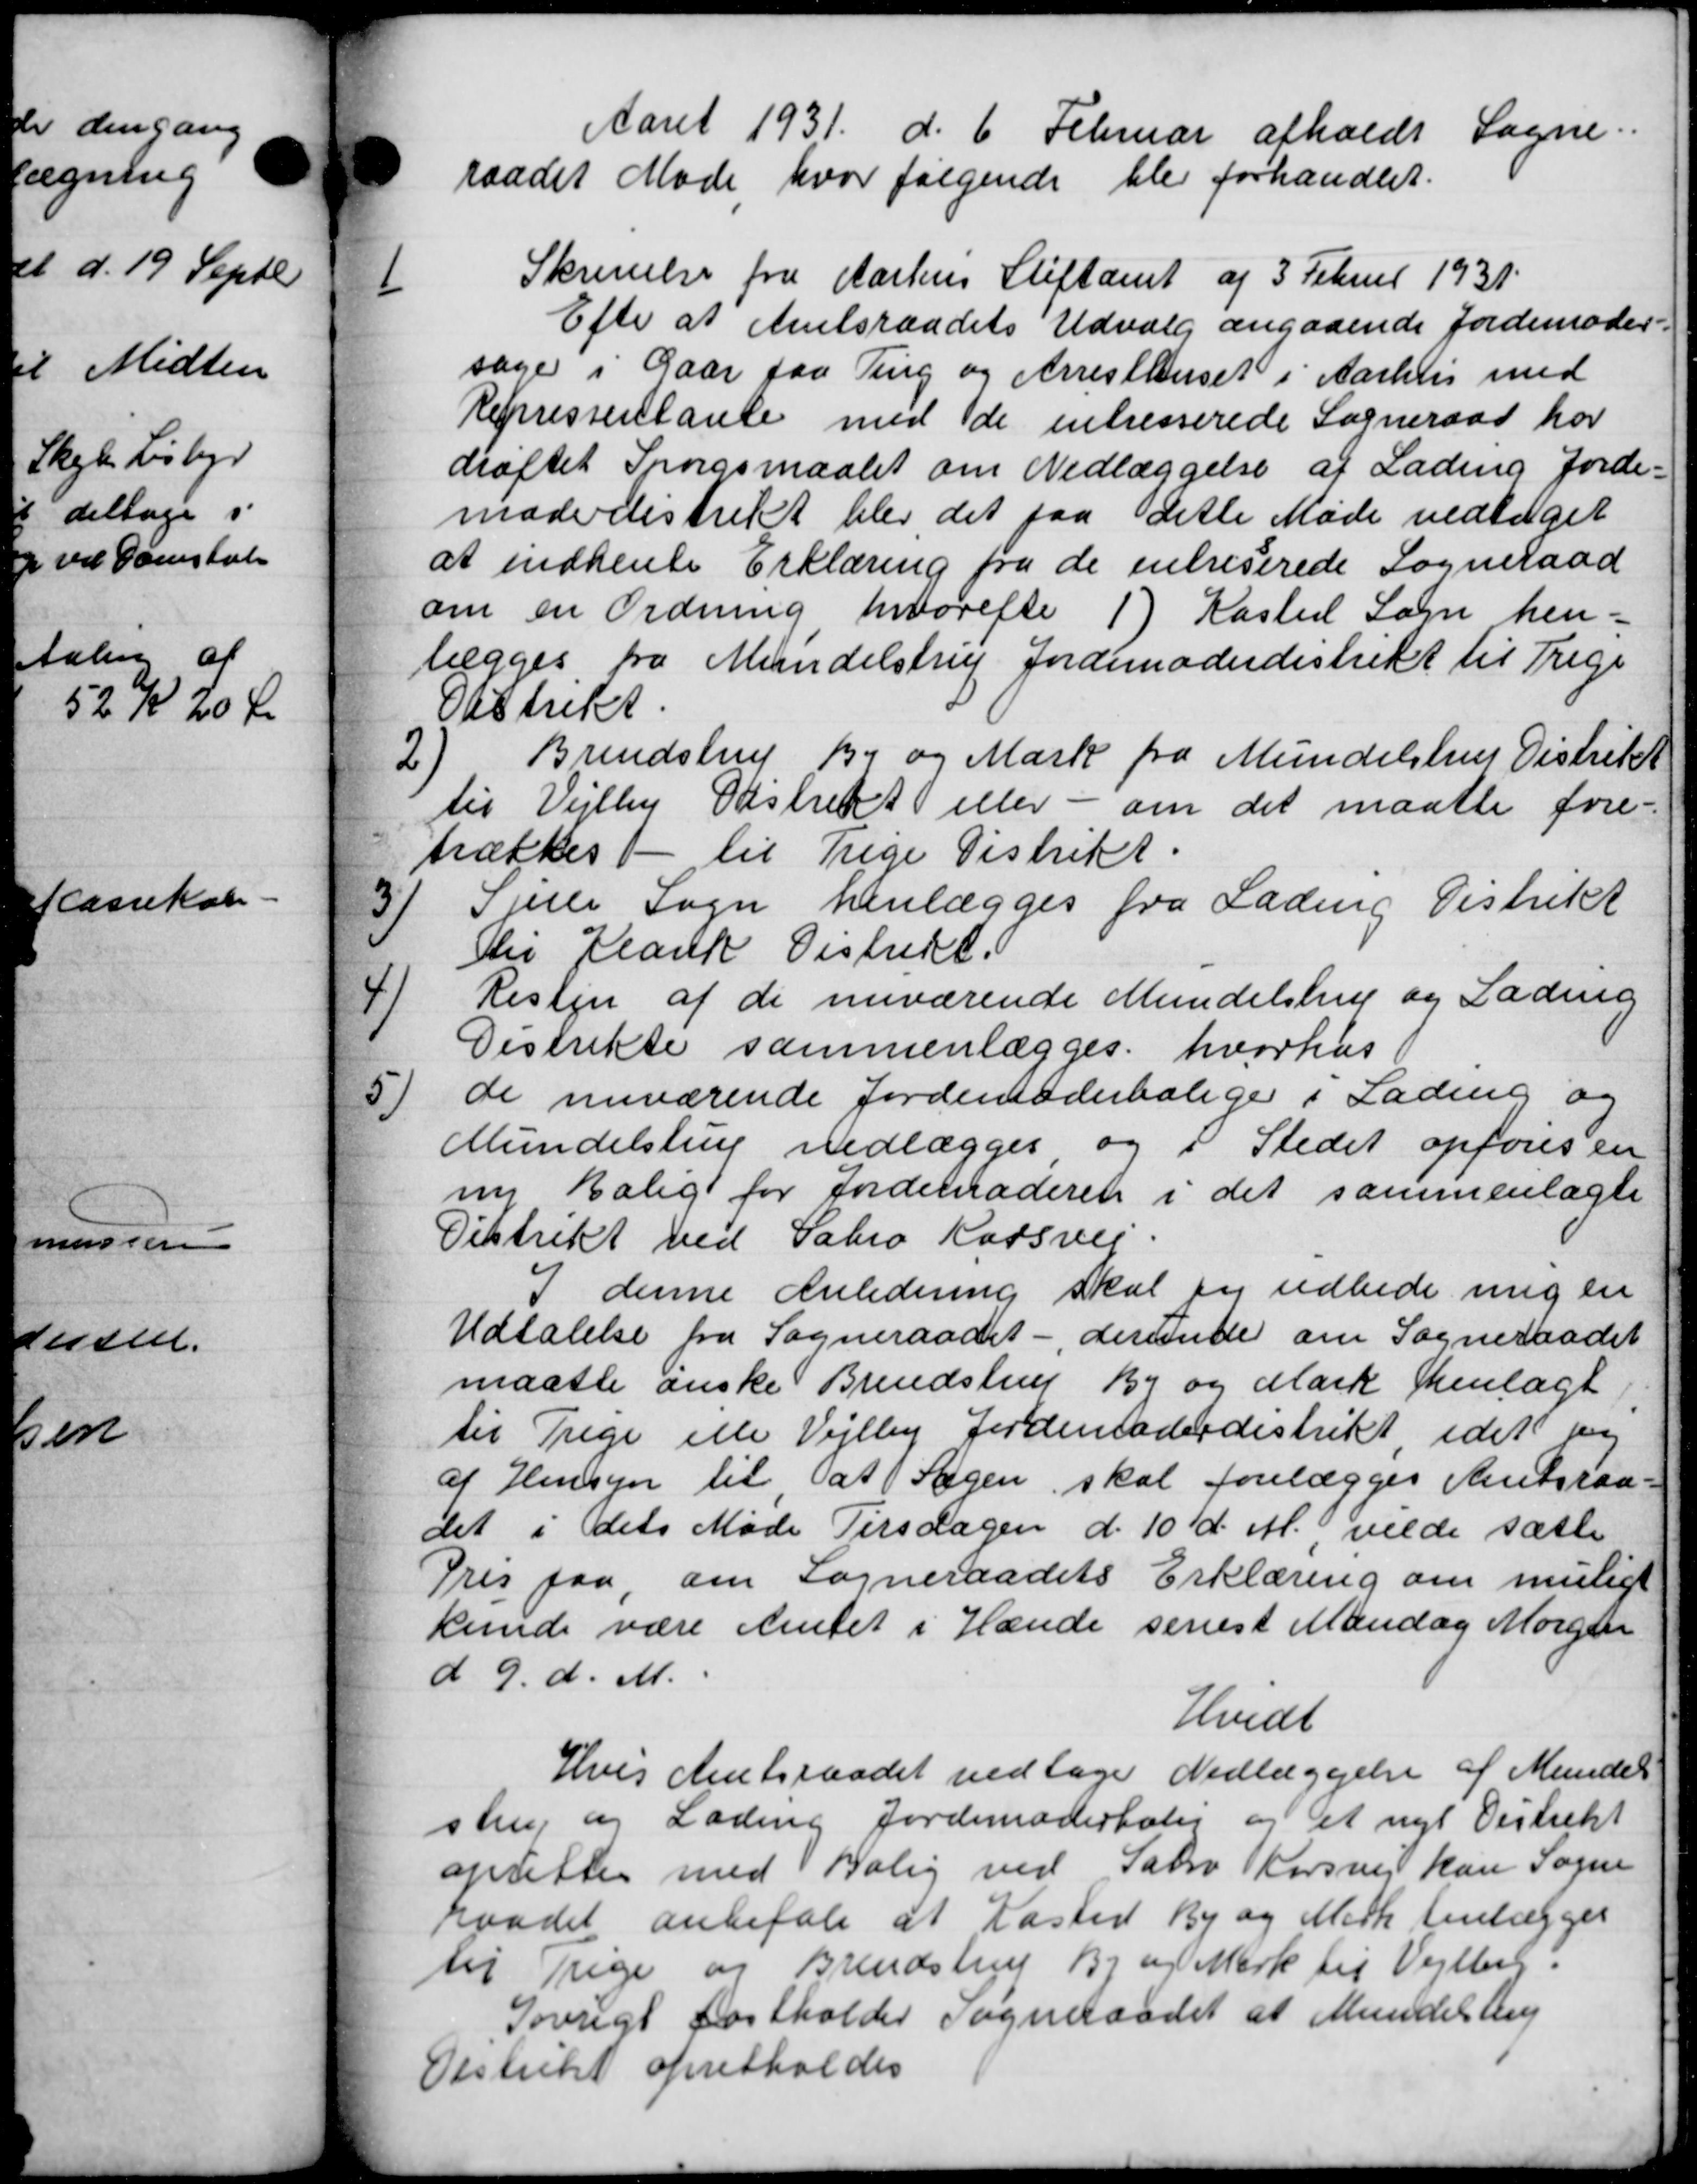
Transskription:
Aaret 1931 d. 6 Februar afholdt Sogne
raadet Møde hvor følgende blev forhandlet.
1
Skrivelse fra Aarhus Stiftamt af 3 Februar 1931
Efter at Amtsraadets Udvalg angaaende Jordemoder
sager i Gaar faa Ting og Arresthuset i Aarhus med
Repressentante med de intresserede Sogneraad har
drøftet Spørgsmaalet om Nedlæggelse af Lading Jorde-
mødvdistrikt blev det paa dette Møde vedtaget
at indhente Erklæring fra de entreserede Sogneraad
om en Ordning hvorefter 1) Kasted Sogn hen=
lægges fra Mundelstrup Jordemoderdistrikt til Trige
Distrikt
2
Brendstrup By og Mark fra Mundelshus Distrikt
til Vejlby Distrikt eller - om det maatte fore-
trækkes til Trige Distrikt.

Sjele Sogn henlægges fra Ladens Distrikt
Sir Plank Distrikt.

Resten af de nuværende Mundelstrup og Lading
Distrikte sammenlægges, hvorhus

de nuværende Jordemoderbolige i Lading og
Mundelstrup nedlægges og i Stedet opføres en
ny bolig for Jordemoderen i det sammenlagte
Distrikt ved Sabro Korsvej
denne Anledning skal jeg udbede mig en
Udtalelse fra Sogneraadet - derunde om Sogneraadet
maatte ønske Brendstrup By og Mark henlagt,
til Trige elle Vejlby Jordemoderdistrikt idet ny
af Hensyn til at Sagen, skal forelægges Amtsraa-
det i dets Møde Tirsdagen d. 10 d. M. vilde sætte
Pris paa om Sogneraadets Erklæring om muligt
kunde være Amtet i Hænde senest Mandag Morgen
d 9. d. M.
Hvidt
Hvis Amtsraadet vedtage Nedlæggelse af Mundet
strup og Lading Jordemoderhold og et nyt Distrikt
oprettes med Bolig ved Sabro Korsvej kan Sogne
raadet anbefale at Kasted By og Mark henlægges
til Trige og Brendstrup Br og Mark til Vejlby.
Søvrigt fastholder Sogneraadet at Munderling
Distrikt opretholdes